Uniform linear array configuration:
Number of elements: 4
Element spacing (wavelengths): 0.5
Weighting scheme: cosine
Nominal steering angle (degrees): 30
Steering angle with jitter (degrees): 28.148
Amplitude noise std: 0.05
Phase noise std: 0.05

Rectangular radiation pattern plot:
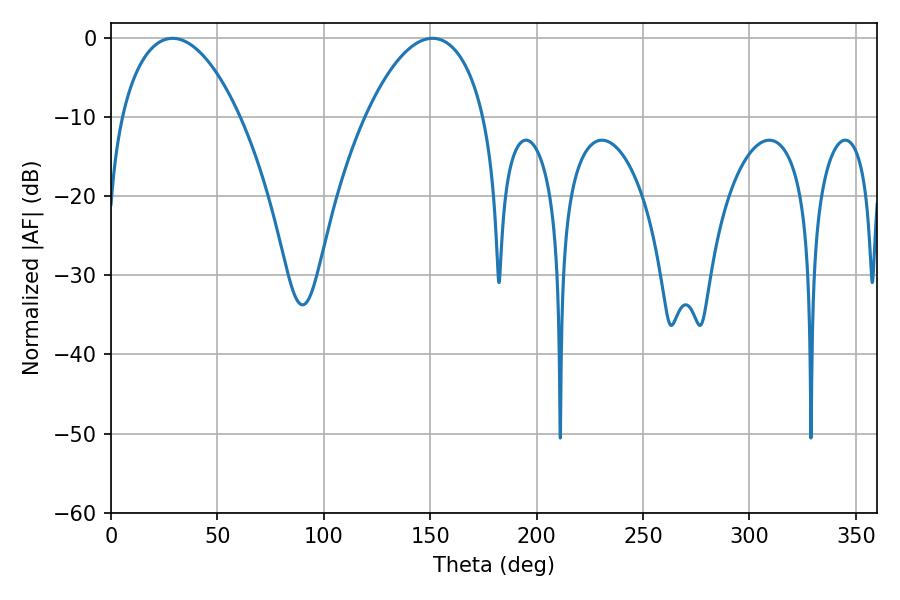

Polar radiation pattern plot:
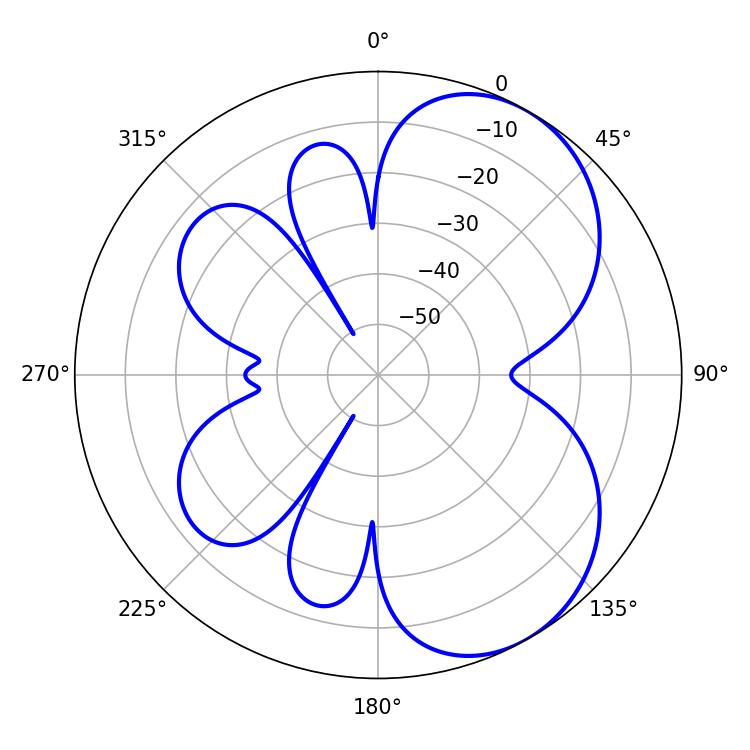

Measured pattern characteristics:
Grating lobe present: FALSE
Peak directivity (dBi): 5.64
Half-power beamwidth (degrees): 31.32
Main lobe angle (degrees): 151.02